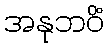
အနုဘဝိံ